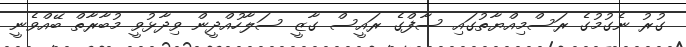
ގުރު ނެގުމުގެ ރަސްމިއްޔާތުގައި ސާފްގެ ރައީސް ގާޒީ ސަލާހުއްދީން ވިދާޅުވީ މުބާރާތް ބޭއްވެނީ